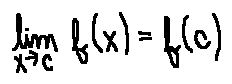
\lim \limits _ { x \rightarrow c } f ( x ) = f ( c )